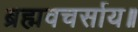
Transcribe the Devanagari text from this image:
ब्रह्मवचर्साय॥